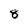
Character: 8